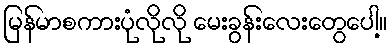
မြန်မာစကားပုံလိုလို မေးခွန်းလေးတွေပေါ့။